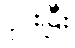
ငှားပြီး